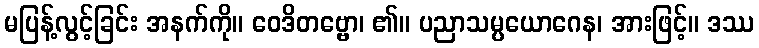
မပြန့်လွင့်ခြင်း အနက်ကို။ ဝေဒိတဗ္ဗော၊ ၏။ ပညာသမ္ပယောဂေန၊ အားဖြင့်။ ဒဿ